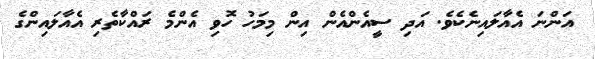
އަންނަ އެއާލައިނެކެވެ. އަދި ސީއެންއެން އިން މިމަހު ހޮވި އެންމެ ރައްކާތެރި އެއާލައިންގެ